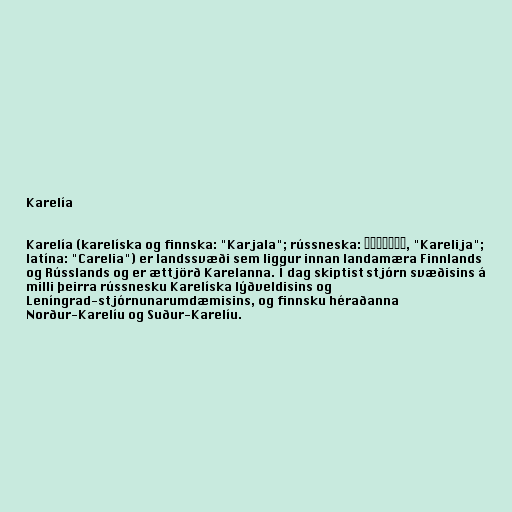
Karelía

Karelía (karelíska og finnska: "Karjala"; rússneska: Карелия, "Karelija";
latína: "Carelia") er landssvæði sem liggur innan landamæra Finnlands
og Rússlands og er ættjörð Karelanna. Í dag skiptist stjórn svæðisins á
milli þeirra rússnesku Karelíska lýðveldisins og
Leníngrad-stjórnunarumdæmisins, og finnsku héraðanna
Norður-Karelíu og Suður-Karelíu.